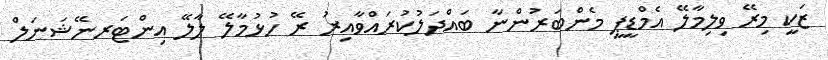
ޒަކީ މިރޭ ވިލިމާލޭ އެމްޑީޕީ މެންބަރުންނާ ބައްދަލުކުރައްވާއިރު ރޭ ހުޅުމާލޭ ލާލޭ އިންޓަރނޭޝަނަލް